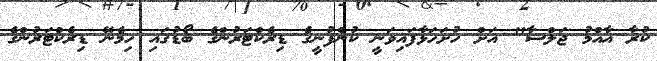
ކުރާ އާއްމު ޖަލްސާ" އަށް ހުށަހަޅާފައިވަނީ ކުންފުނީގެ ޑިރެކްޓަރުންގެ ބޯޑުގައި ހިމެނޭ ޑިރެކްޓަރުންގެ